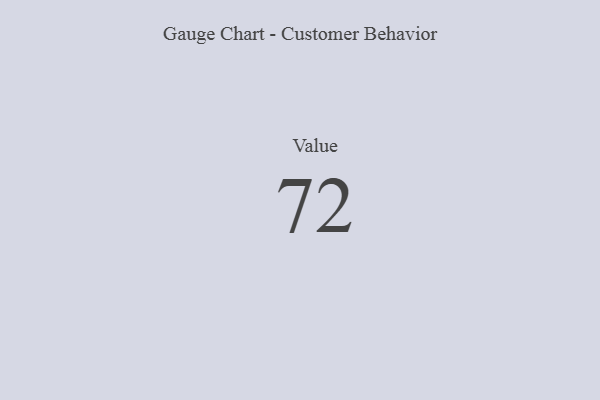
{"axis": {"x": "Metric", "y": "Value"}, "legend": [""], "data": [{"x": "Value", "y": 72, "type": ""}]}